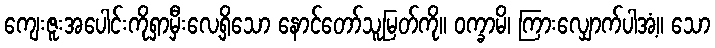
ကျေးဇူးအပေါင်းကိုရှာမှီးလေ့ရှိသော နောင်တော်သူမြတ်ကို။ ဝက္ခာမိ၊ ကြားလျှောက်ပါအံ့။ သော